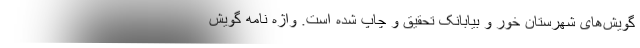
گویش‌های شهرستان خور و بیابانک تحقیق و چاپ شده است. واژه‌ نامه گویش